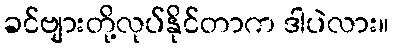
ခင်ဗျားတို့လုပ်နိုင်တာက ဒါပဲလား။